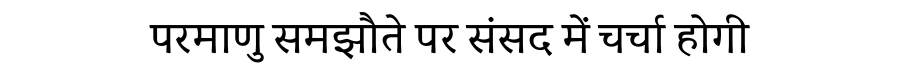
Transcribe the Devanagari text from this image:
परमाणु समझौते पर संसद में चर्चा होगी